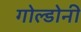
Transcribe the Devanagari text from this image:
गोल्डोनी